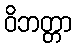
ဝိဘတ္တာ